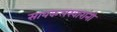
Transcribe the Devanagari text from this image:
सायकलस्वारांनी